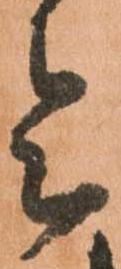
令